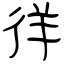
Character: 徉